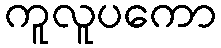
ကူလူပကော